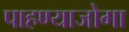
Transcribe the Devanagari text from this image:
पाहण्याजोगा